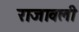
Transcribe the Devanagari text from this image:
राजावली